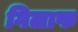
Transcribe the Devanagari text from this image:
गिलाफ